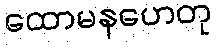
ထောမနဟေတု